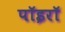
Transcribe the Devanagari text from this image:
पॉइरॉ